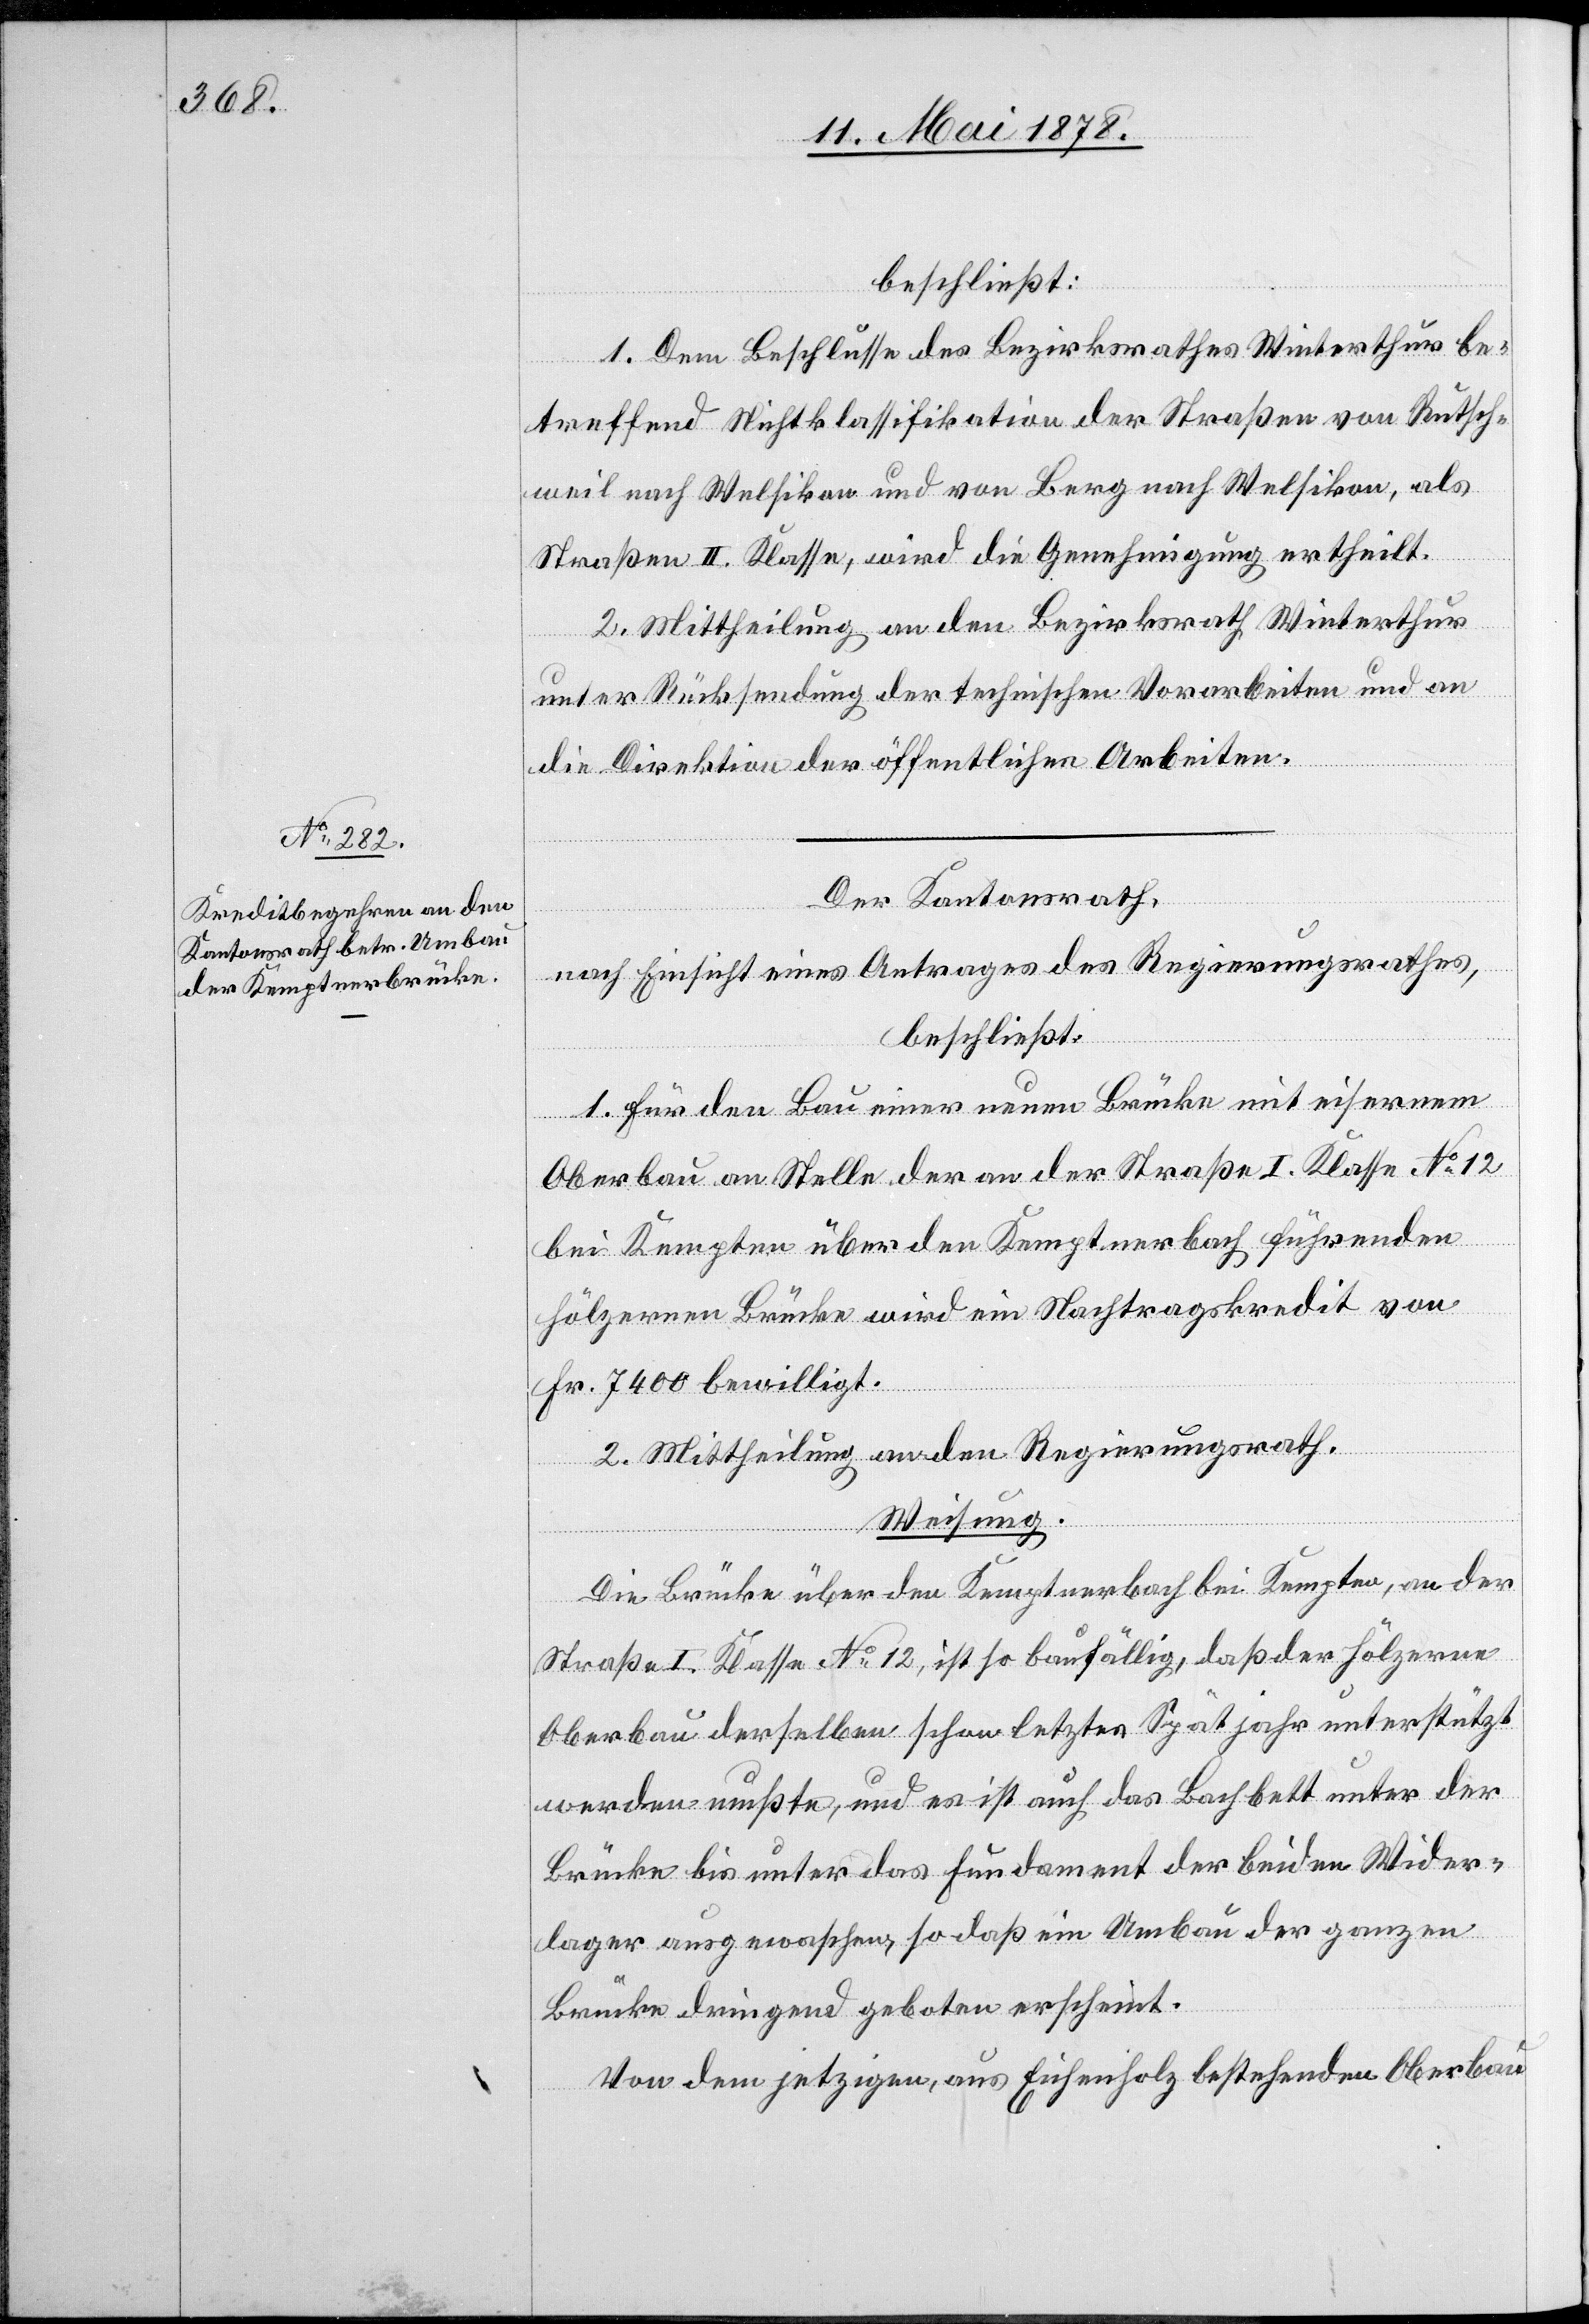
beschließt:
1. Dem Beschlusse des Bezirksrathes Winterthur be¬
treffend Nichtklassifikation der Straßen von Rutsch¬
weil nach Welsikon und von Berg nach Welsikon, als
Straßen II. Klasse, wird die Genehmigung ertheilt.
2. Mittheilung an den Bezirksrath Winterthur
unter Rücksendung der technischen Vorarbeiten und an
die Direktion der öffentlichen Arbeiten.
Der Kantonsrath,
nach Einsicht eines Antrages des Regierungsrathes,
beschließt:
1. Für den Bau einer neuen Brücke mit eisernem
Oberbau an Stelle der an der Straße I. Klasse No 12
bei Kempten über den Kemptnerbach führenden
hölzernen Brücke wird ein Nachtragskredit von
Fr. 7400 bewilligt.
2. Mittheilung an den Regierungsrath.
Weisung.
Die Brücke über den Kemptnerbach bei Kempten, an der
Straße I. Klasse No 12, ist so baufällig, daß der hölzerne
Oberbau derselben schon letztes Spätjahr unterstützt
werden mußte, und es ist auch das Bachbett unter der
Brücke bis unter das Fundament der beiden Wider¬
lager ausgewaschen, so daß ein Umbau der ganzen
Brücke dringend geboten erscheint.
Von dem jetzigen, aus Eichenholz bestehenden Oberbau